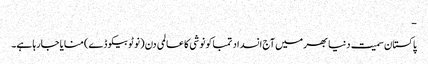
-
پاکستان سمیت دنیا بھر میں آج انسداد تمباکو نوشی کا عالمی دن (نو ٹوبیکو ڈے) منایا جارہا ہے۔